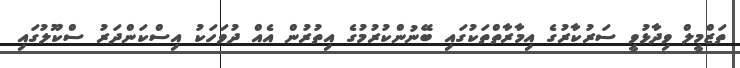
ތަޒްމީލް ވިދާޅުވީ ސަރުކާރުގެ އިމާރާތްތަކުގައި ބޭނުންކުރުމުގެ އިތުރުން އެއް ދުވަހަކު އިސްކަންދަރު ސްކޫލުގައި